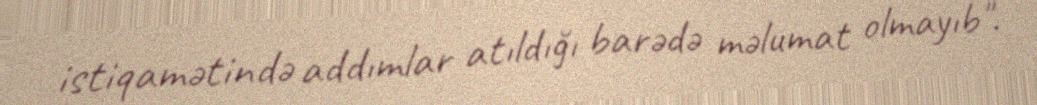
istiqamətində addımlar atıldığı barədə məlumat olmayıb".